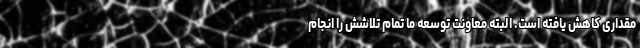
مقداری کاهش یافته است. البته معاونت توسعه ما تمام تلاشش را انجام